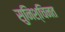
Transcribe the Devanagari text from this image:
सुनिश्चिनत